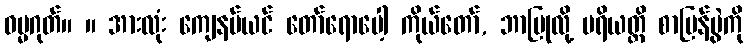
ဓမ္မဂုတ်။ ။ အားလုံး ကျေနပ်ယင် တော်ရောပေါ့ ကိုယ်တော်, ဘာပြုလို့ ပရိယတ္တိ စာပြန်ပွဲကို